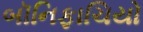
બૉનિફાચિયો